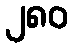
၂၈၀